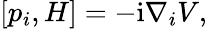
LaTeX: \begin{array}{r}{[p_{i},H]=-\mathrm{i}\nabla_{i}V,}\end{array}